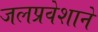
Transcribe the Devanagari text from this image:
जलप्रवेशाने